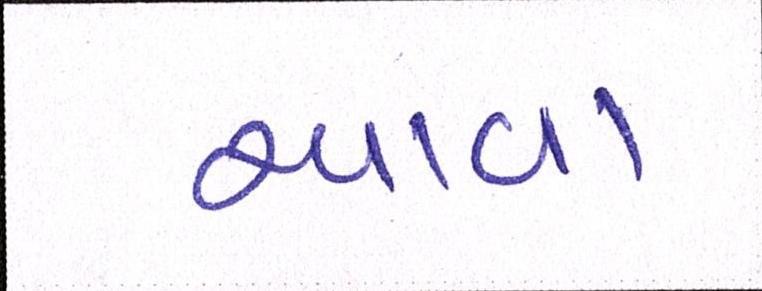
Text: આવા